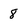
Character: 8